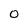
Character: 0